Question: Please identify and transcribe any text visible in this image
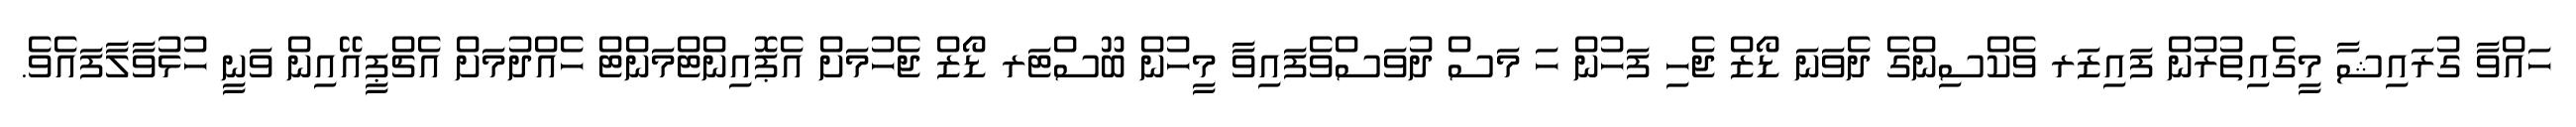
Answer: ހައްވާ ގުރައިޝާ މީގެއިތުރުން ފައިޒަރ ވެކްސިންގެ ދެވަނަ ޑޯޒް ޖެހި ފަހުން ހަ މަސް ދުވަސްވެފައިވާ މީހުން ބޫސްޓަރ ޑޯޒް ޖެހުމަށް އެޕޮއިންޓްމަންޓް ހެއްދުމަށް އެޗްޕީއޭއިން ވަނީ ހުޅުވާލާފައެވެ.